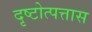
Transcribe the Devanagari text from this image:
दृष्टोत्पत्तास